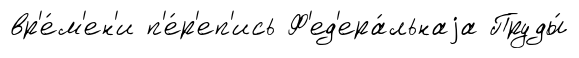
вр'е́м'ен'и п'е́р'еп'ись Ф'ед'ера́льнаjа Пруды́